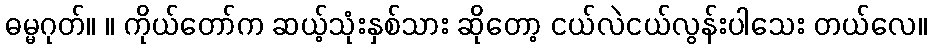
ဓမ္မဂုတ်။ ။ ကိုယ်တော်က ဆယ့်သုံးနှစ်သား ဆိုတော့ ငယ်လဲငယ်လွန်းပါသေး တယ်လေ။